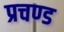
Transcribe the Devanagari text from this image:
प्रचण्‍ड